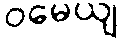
ဝမေယျ